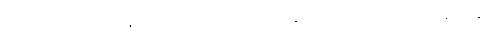
ဒုတိယဒြပ်ပေါင်းတွင် နိုက်ထရိုဂျင် အလေးချိန် ၇ဆနှင့် အောက်ဆီဂျင် အလေးချိန် ၈ဆ။